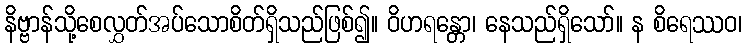
နိဗ္ဗာန်သို့စေလွှတ်အပ်သောစိတ်ရှိသည်ဖြစ်၍။ ဝိဟရန္တော၊ နေသည်ရှိသော်။ န စိရေဿဝ၊